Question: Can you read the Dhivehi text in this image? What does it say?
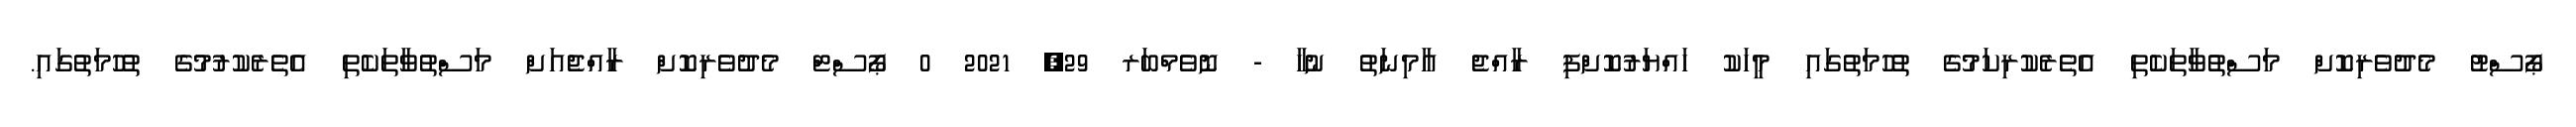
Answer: ޕޯސްޓު މެދުވެރިކޮށް މަސްތުވާތަކެތި އެތެރެކުރިކަމުގެ ތުހުމަތުގައި މީހަކު ހައްޔަރުކޮށްފި ރާއްޖެ އާމިނަތު ނުހާ - ނޮވެމްބަރ 29, 2021 0 ޕޯސްޓް މެދުވެރިކޮށް ރާއްޖެއަށް މަސްތުވާތަކެތި އެތެރެކުރުމުގެ ތުހުމަތުގައި.